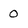
Character: 0